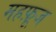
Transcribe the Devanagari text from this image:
महफ़ूज